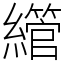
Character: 䌣